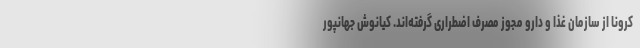
کرونا از سازمان غذا و دارو مجوز مصرف اضطراری گرفته‌اند. کیانوش جهانپور